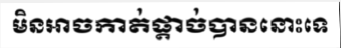
មិនអាចកាត់ផ្តាច់បាននោះទេ